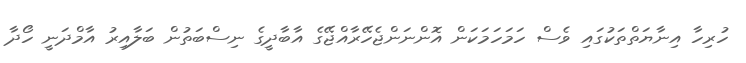
ހުރިހާ އިނާޔަތްތަކުގައި ވެސް ހަމަހަމަކަން އޮންނަންޖެހޭރާއްޖޭގެ އާބާދީގެ ނިސްބަތުން ބަލާއިރު އާމްދަނީ ހޯދާ